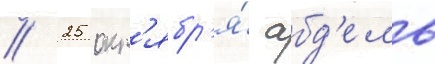
// 25 окт'ябр'я́ абд'ель